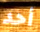
أحد